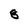
Character: 8